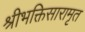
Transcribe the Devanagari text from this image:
श्रीभक्तिसारामृत